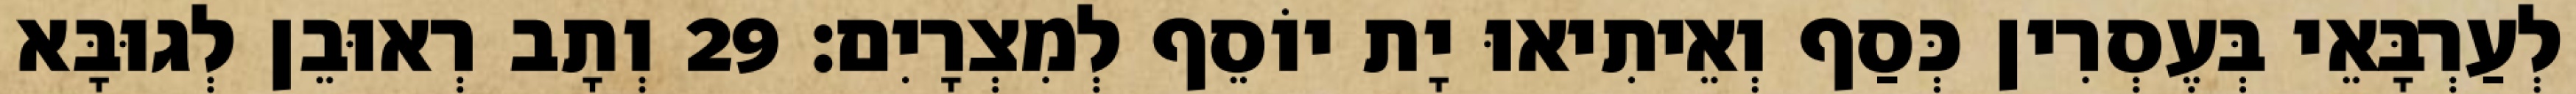
לְעַרְבָּאֵי בְּעֶסְרִין כְּסַף וְאֵיתִיאוּ יָת יוֹסֵף לְמִצְרָיִם׃ 29 וְתָב רְאוּבֵן לְגוּבָּא